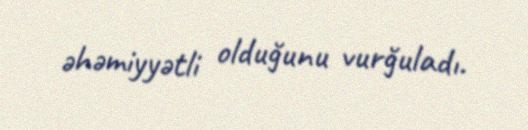
əhəmiyyətli olduğunu vurğuladı.